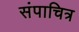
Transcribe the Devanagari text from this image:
संपाचित्र